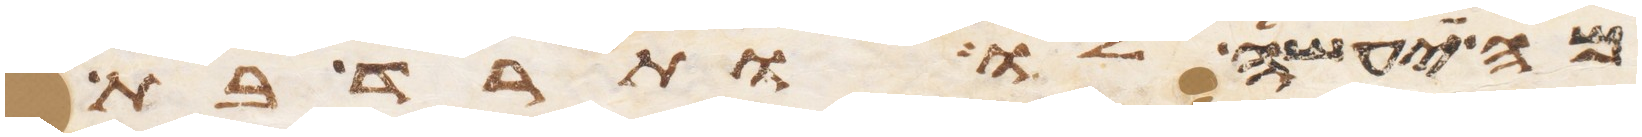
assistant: מה יעשה לו ותרד בת